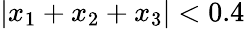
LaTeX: \left|x_{1}+x_{2}+x_{3}\right|<0.4